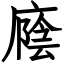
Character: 廕